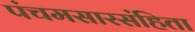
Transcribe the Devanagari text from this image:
पंचमसारसंहिता